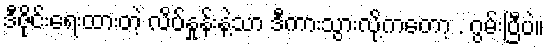
ဒီဇိုင်းရေးထားတဲ့ လိပ်နှုန်းနဲ့သာ ဒီကားသွားလို့ကတော့ . ဂွမ်းပြီပဲ။